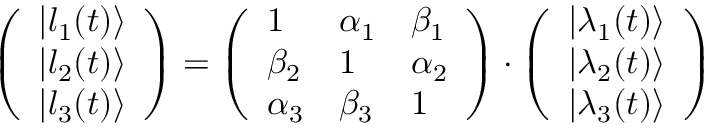
\left( \begin{array} { l } { | l _ { 1 } ( t ) \rangle } \\ { | l _ { 2 } ( t ) \rangle } \\ { | l _ { 3 } ( t ) \rangle } \end{array} \right) = \left( \begin{array} { l l l } { 1 } & { \alpha _ { 1 } } & { \beta _ { 1 } } \\ { \beta _ { 2 } } & { 1 } & { \alpha _ { 2 } } \\ { \alpha _ { 3 } } & { \beta _ { 3 } } & { 1 } \end{array} \right) \cdot \left( \begin{array} { l } { | \lambda _ { 1 } ( t ) \rangle } \\ { | \lambda _ { 2 } ( t ) \rangle } \\ { | \lambda _ { 3 } ( t ) \rangle } \end{array} \right)